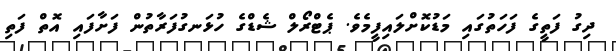
ދިގު ފަތީގެ ފަހަތުގައި މަޑުކޮށްލައިފީމެވެ. ޕެޓްރޯލް ޝެޑްގެ ހުޅަނގުފަރާތުން ފަށާފައި އޮތް ފަތި